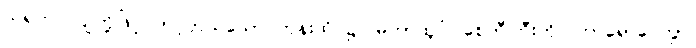
သရက်ပင်ပျိုတို့ဖြင့် တင့်တယ်သော ကုန်းထိပ်၌။ မဟာထူပံ၊ စေတီကြီးကို။ ကာရောပေတွာ၊